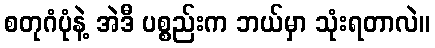
စတုဂံပုံနဲ့ အဲဒီ ပစ္စည်းက ဘယ်မှာ သုံးရတာလဲ။